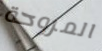
المروحة